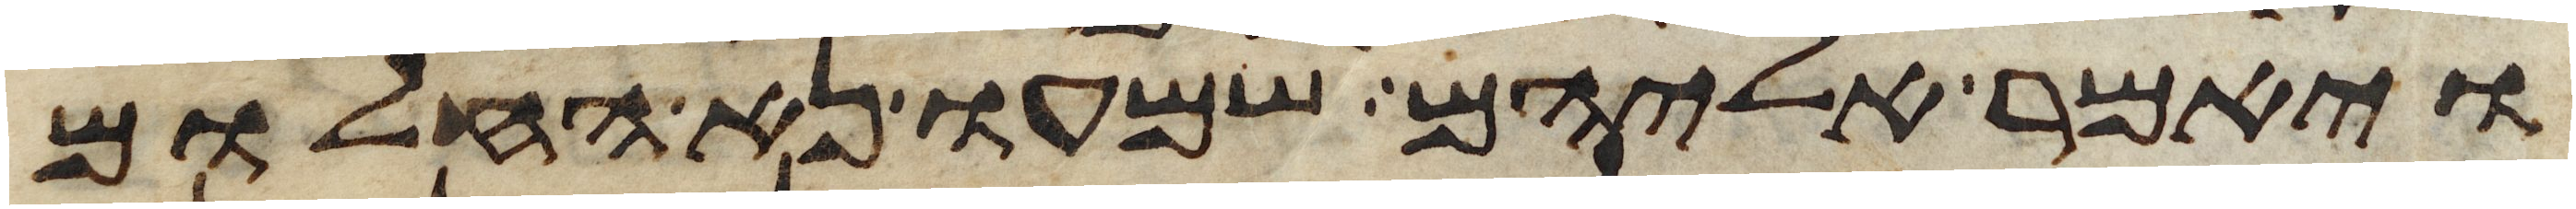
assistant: ויאמר אליהם שמעו נא החלום